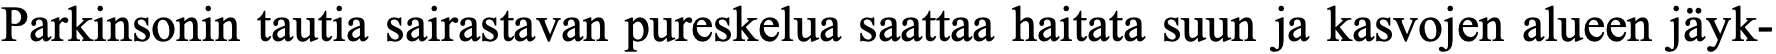
Parkinsonin tautia sairastavan pureskelua saattaa haitata suun ja kasvojen alueen jäyk-